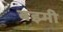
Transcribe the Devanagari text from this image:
बझ्मी